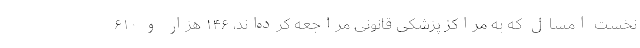
نخست امسال که به مراکز پزشکی قانونی مراجعه کرده‌اند، ۱۴۶ هزار و ۶۱۰